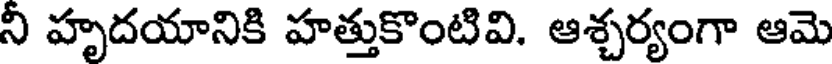
ని హృదయానికి హత్తుకొంటివి. ఆశ్చర్యంగా ఆమె